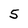
Character: 5